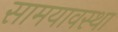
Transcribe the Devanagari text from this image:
सामयावस्था